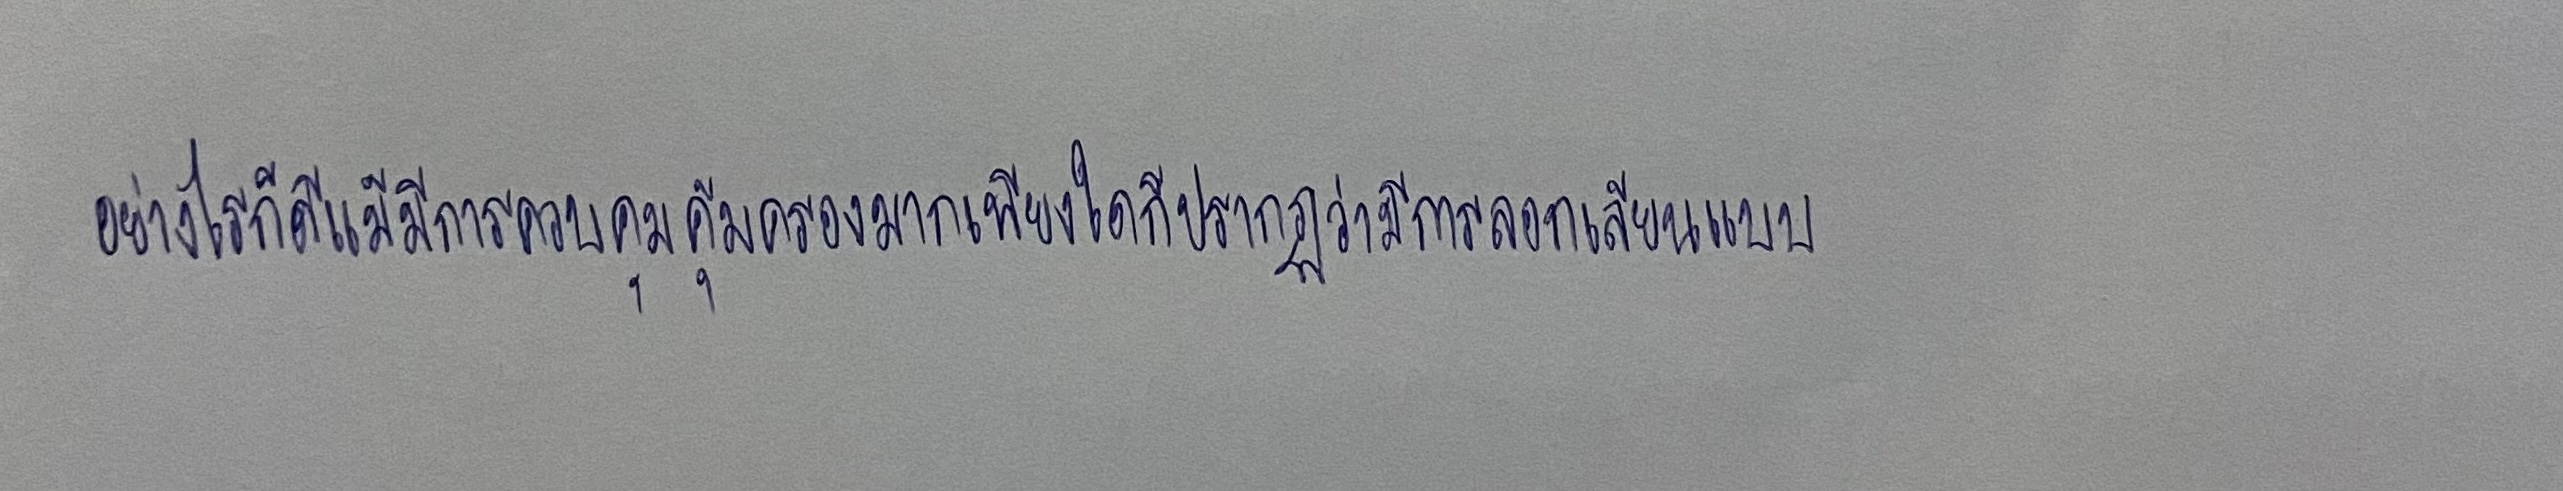
อย่างไรก็ดีแม้มีการควบคุมคุ้มครองมากเพียงใดก็ปรากฏว่ามีการลอกเลียนแบบ